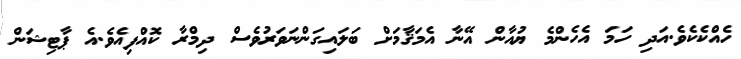
ހެއްކެކެވެ.އަދި ހަމަ އެހެންމެ ޔުއާން އޭނާ އެމަޤާމަށް ބަލައިގަންނަވަރުވެސް ދިމްރާ ކޮއްފިއެވެ.އެ ޕާޓިޝަަން